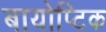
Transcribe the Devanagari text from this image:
बायोप्टिक